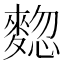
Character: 𪍃